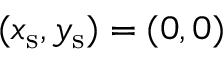
( x _ { \mathrm { { s } } } , y _ { \mathrm { { s } } } ) = ( 0 , 0 )